Report on the bubonic plague in Bombay, 1896-1897
Year: 1896
Disease focus: Plague
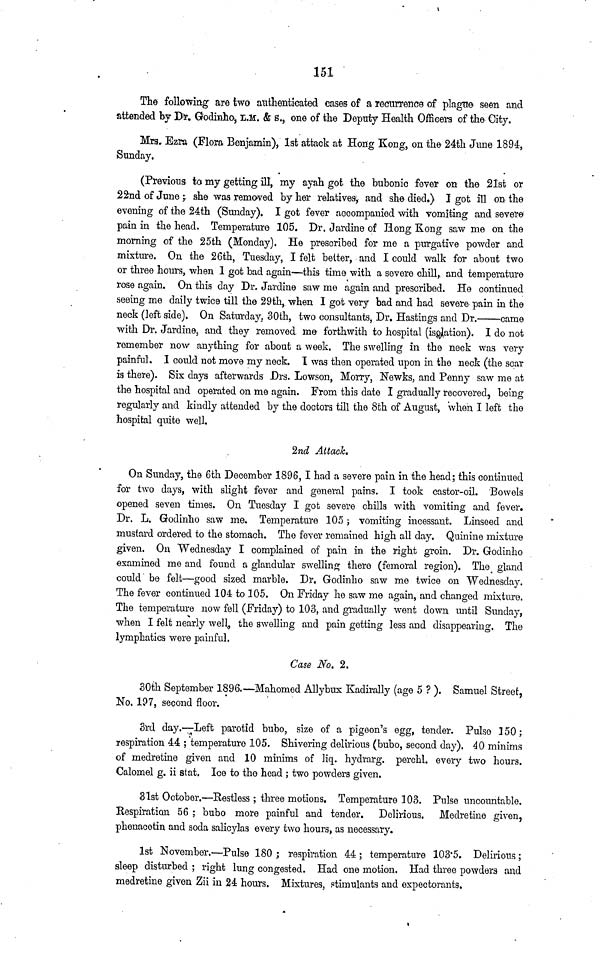
151
The following are two authenticated cases of a recurrence of plague seen and
attended by Dr. Godinho, L.M. & S., one of the Deputy Health Officers of the City.
Mrs. Ezra (Flora Benjamin), 1st attack at Hong Kong, on the 24th June 1894,
Sunday.
(Previous to my getting ill, my ayah got the bubonic fever on the 21st or
22nd of June ; she was removed by her relatives, and she died.) I got ill on the
evening of the 24th (Sunday). I got fever accompanied with vomiting and severe
pain in the head. Temperature 105. Dr. Jardine of Hong Kong saw me on the
morning of the 25th (Monday). He prescribed for me a purgative powder and
mixture. On the 26th, Tuesday, I felt better, and I could walk for about two
or three hours, when 1 got bad again—this time with a severe chill, and temperature
rose again. On this day Dr. Jardine saw me again and prescribed. He continued
seeing me daily twice till the 29th, when I got very bad and had severe pain in the
neck (left side). On Saturday. 30th, two consultants, Dr. Hastings and Dr.—came
with Dr. Jardine, and they removed me forthwith to hospital (isolation). I do not
remember now anything for about a week. The swelling in the neck was very
painful. I could not move my neck. I was then operated upon in the neck (the scar
is there). Six clays afterwards Drs. Lowson, Morry, Newks, and Penny saw me at
the hospital and operated on me again. From this date I gradually recovered, being
regularly and kindly attended by the doctors till the 8th of August, when I left the
hospital quite well.
2nd Attack.
On Sunday, the 6th December 1896, I had a severe pain in the head; this continued
for two days, with slight fever and general pains. I took castor-oil. Bowels
opened seven times. On Tuesday I got severe chills with vomiting and fever.
Dr. L. Godinho saw me. Temperature 105 ; vomiting incessant. Linseed and
mustard ordered to the stomach. The fever remained high all day. Quinine mixture
given. On Wednesday I complained of pain in the right groin. Dr. Godinho
examined me and found a glandular swelling there (femoral region). The gland
could be felt—good sized marble. Dr. Godinlio saw me twice on Wednesday.
The fever continued 104 to 105. On Friday he saw me again, and changed mixture.
The temperature now fell (Friday) to 103, and gradually went down until Sunday,
when I felt nearly well, the swelling and pain getting less and disappearing. The
lymphatics were painful.
Case No. 2.
30th September 1896,—Mahomed Allybux Kadirally (age 5 ? ). Samuel Street,
No. 197, second floor.
3rd day.—Left parotid bubo, size of a pigeon's egg, tender. Pulse 150;
respiration 44 ; temperature 105. Shivering delirious (bubo, second day). 40 minims
of medretine given and 10 minims of liq. hydrarg. perchl. every two hours.
Calomel g. ii stat. Ice to the head ; two powders given.
31st October.—Restless ; three motions. Temperature 103. Pulse uncountable.
Respiration 56 ; bubo more painful and tender. Delirious. Medretine given,
phenacetin and soda salicylas every two hours, as necessary.
1st November.—Pulse 180 ; respiration 44 ; temperature 103.5. Delirious ;
sleep disturbed ; right lung congested. Had one motion. Had three powders and
medretine given Zii in 24 hours. Mixtures, stimulants and expectorants.